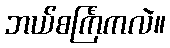
ဘယ်စင်္ကြံကလဲ။